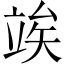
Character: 竢